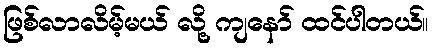
ဖြစ်လာလိမ့်မယ် လို့ ကျနော် ထင်ပါတယ်။